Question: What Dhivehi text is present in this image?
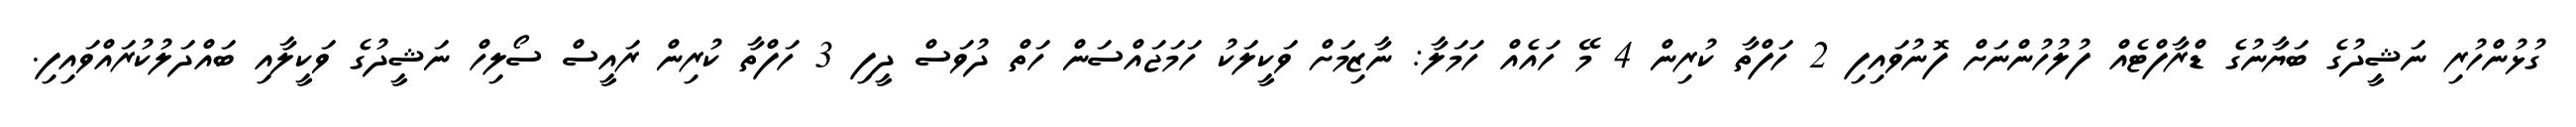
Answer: ގުޅުންހުރި ނަޝީދުގެ ބަޔާނުގެ ޑްރާފްޓެއް ފުލުހުންނަށް ފޮނުވައިފި 2 ހަފްތާ ކުރިން 4 މޭ ހައެއް ހަމަލާ: ނާޒިމަށް ވަކީލަކު ހަމަޖައްސަން ހަތް ދުވަސް ދީފި 3 ހަފްތާ ކުރިން ރައީސް ސޯލިހް ނަޝީދުގެ ވަކީލާއި ބައްދަލުކުރައްވައިފި.